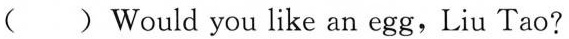
( ) Would you like an egg,Liu Tao?